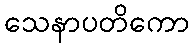
သေနာပတိကော